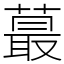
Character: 蕞